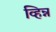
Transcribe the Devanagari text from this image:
व्हिन्न